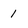
Character: 1